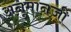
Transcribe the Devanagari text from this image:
अनुमानजी